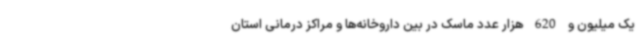
یک میلیون و 620 هزار عدد ماسک در بین داروخانه‌ها و مراکز درمانی استان